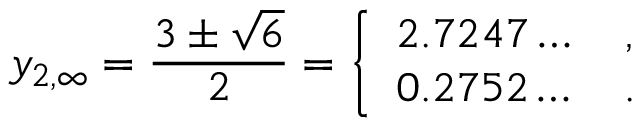
y _ { 2 , \infty } = \frac { 3 \pm \sqrt { 6 } } { 2 } = \left\{ \begin{array} { l } { { 2 . 7 2 4 7 \dots \quad , } } \\ { { 0 . 2 7 5 2 \dots \quad . } } \end{array} \right.